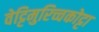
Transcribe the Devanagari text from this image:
वेट्टिमुरिच्चकोट्टा